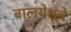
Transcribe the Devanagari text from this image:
बालयेशूचे